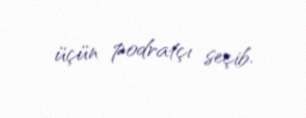
üçün podratçı seçib.